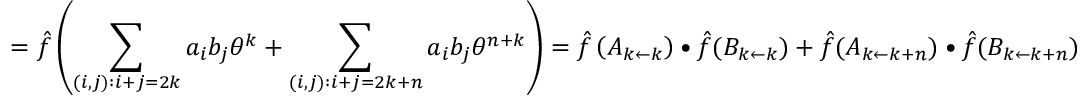
= { \hat { f } } \left( \sum _ { ( i , j ) : i + j = 2 k } { a _ { i } b _ { j } \theta ^ { k } } + \sum _ { ( i , j ) : i + j = 2 k + n } { a _ { i } b _ { j } \theta ^ { n + k } } \right) = { \hat { f } } \left( A _ { k \leftarrow k } \right) \bullet { \hat { f } } ( B _ { k \leftarrow k } ) + { \hat { f } } ( A _ { k \leftarrow k + n } ) \bullet { \hat { f } } ( B _ { k \leftarrow k + n } )